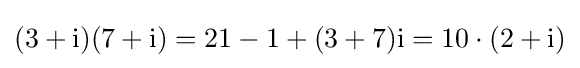
(3+\mathrm {i} )(7+\mathrm {i} )=21-1+(3+7)\mathrm {i} =10\cdot (2+\mathrm {i} )